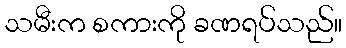
သမီးက စကားကို ခဏရပ်သည်။